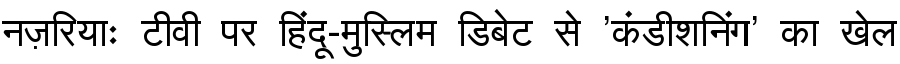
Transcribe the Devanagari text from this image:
नज़रियाः टीवी पर हिंदू-मुस्लिम डिबेट से 'कंडीशनिंग' का खेल